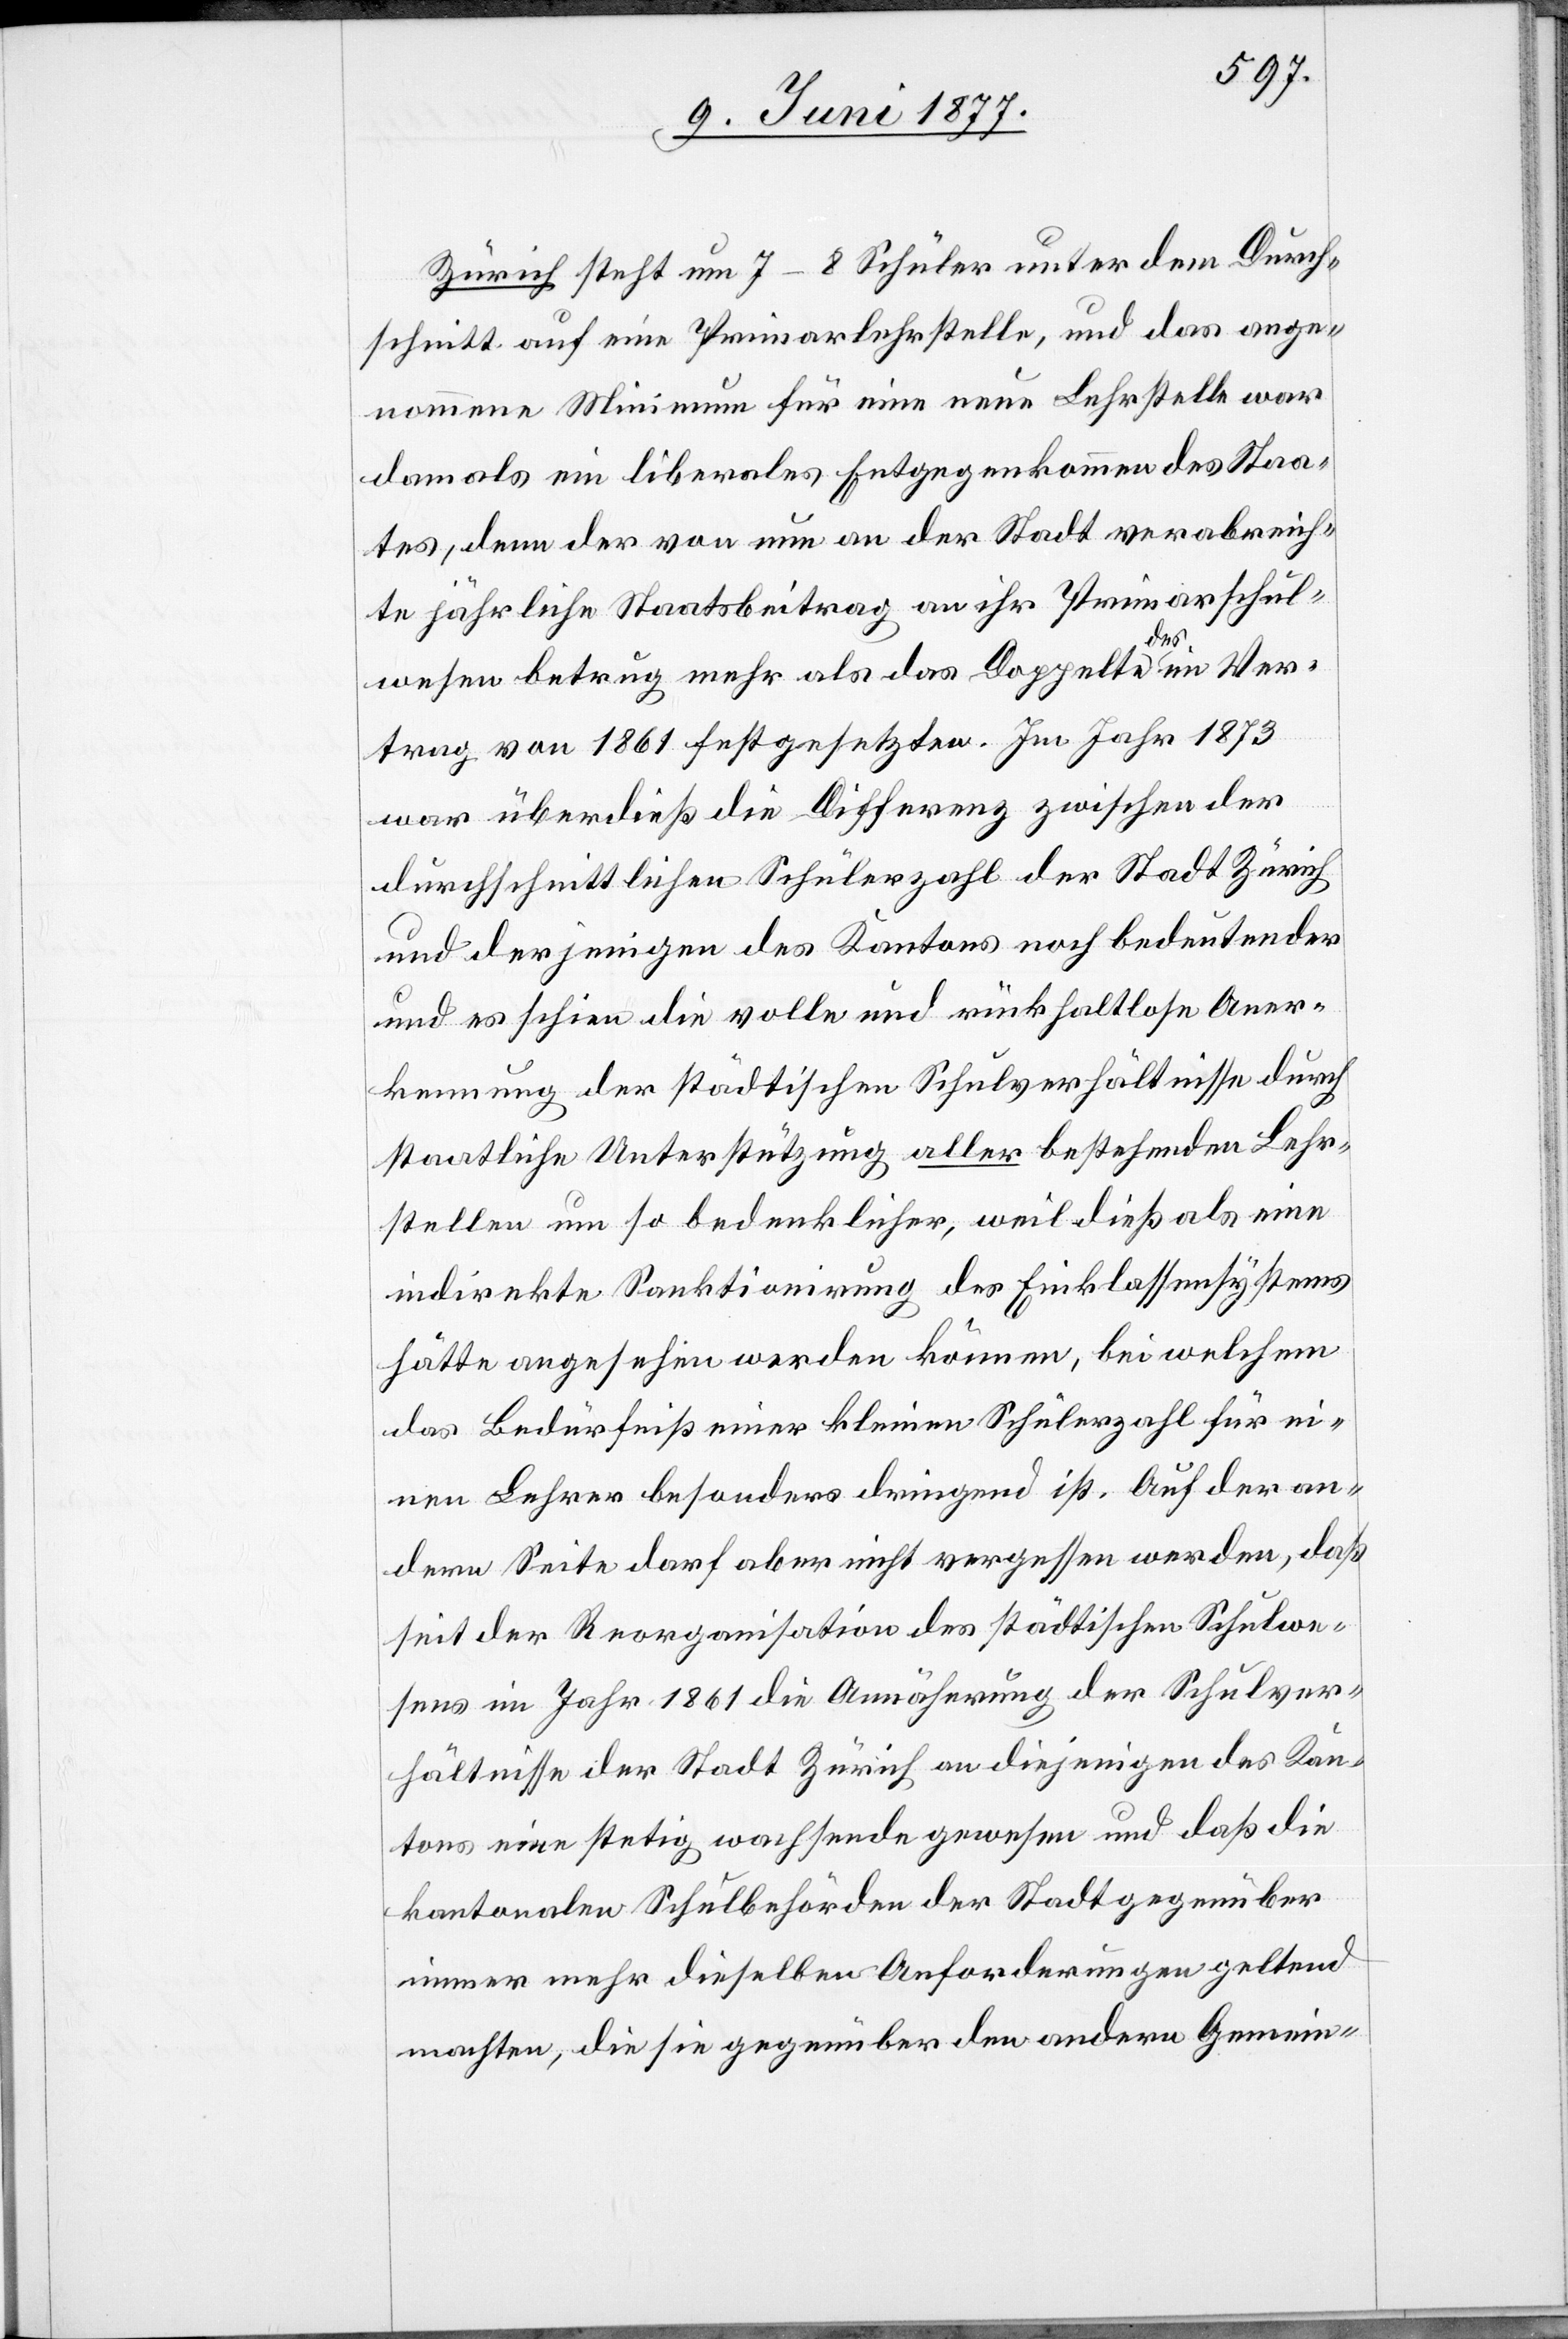
Zürich steht um 7–8 Schüler unter dem Durch¬
schnitt auf eine Primarschulstelle, und das ange¬
nommene Minimum für eine neue Lehrstelle war
damals ein liberales Entgegenkommen des Staa¬
tes, denn der von nun an der Stadt verabreich¬
te jährliche Staatsbeitrag an ihr Primarschul¬
wesen betrug mehr als das Doppelte des im Ver¬
trag von 1861 festgesetzten. Im Jahr 1873
war überdieß die Differenz zwischen der
durchschnittlichen Schülerzahl der Stadt Zürich
und derjenigen des Kantons noch bedeutender
und es schien die volle und rückhaltlose Aner¬
kennung der städtischen Schulverhältnisse durch
staatliche Unterstützung aller bestehenden Lehr¬
stellen um so bedenklicher, weil dieß als eine
indirekte Sanktionirung des Einklassensystems
hätte angesehen werden können, bei welchem
das Bedürfniß einer kleinen Schülerzahl für ei¬
nen Lehrer besonders dringend ist. Auf der an¬
dern Seite darf aber nicht vergessen werden, daß
seit der Reorganisation des städtischen Schulwe¬
sens im Jahr 1861 die Annäherung der Schulver¬
hältnisse der Stadt Zürich an diejenigen des Kan¬
tons eine stetig wachsende gewesen und daß die
kantonalen Schulbehörden der Stadt gegenüber
immer mehr dieselben Anforderungen geltend
machten, die sie gegenüber den andern Gemein-